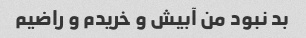
بد نبود من آبیش و خریدم و راضیم